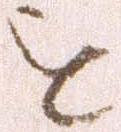
を